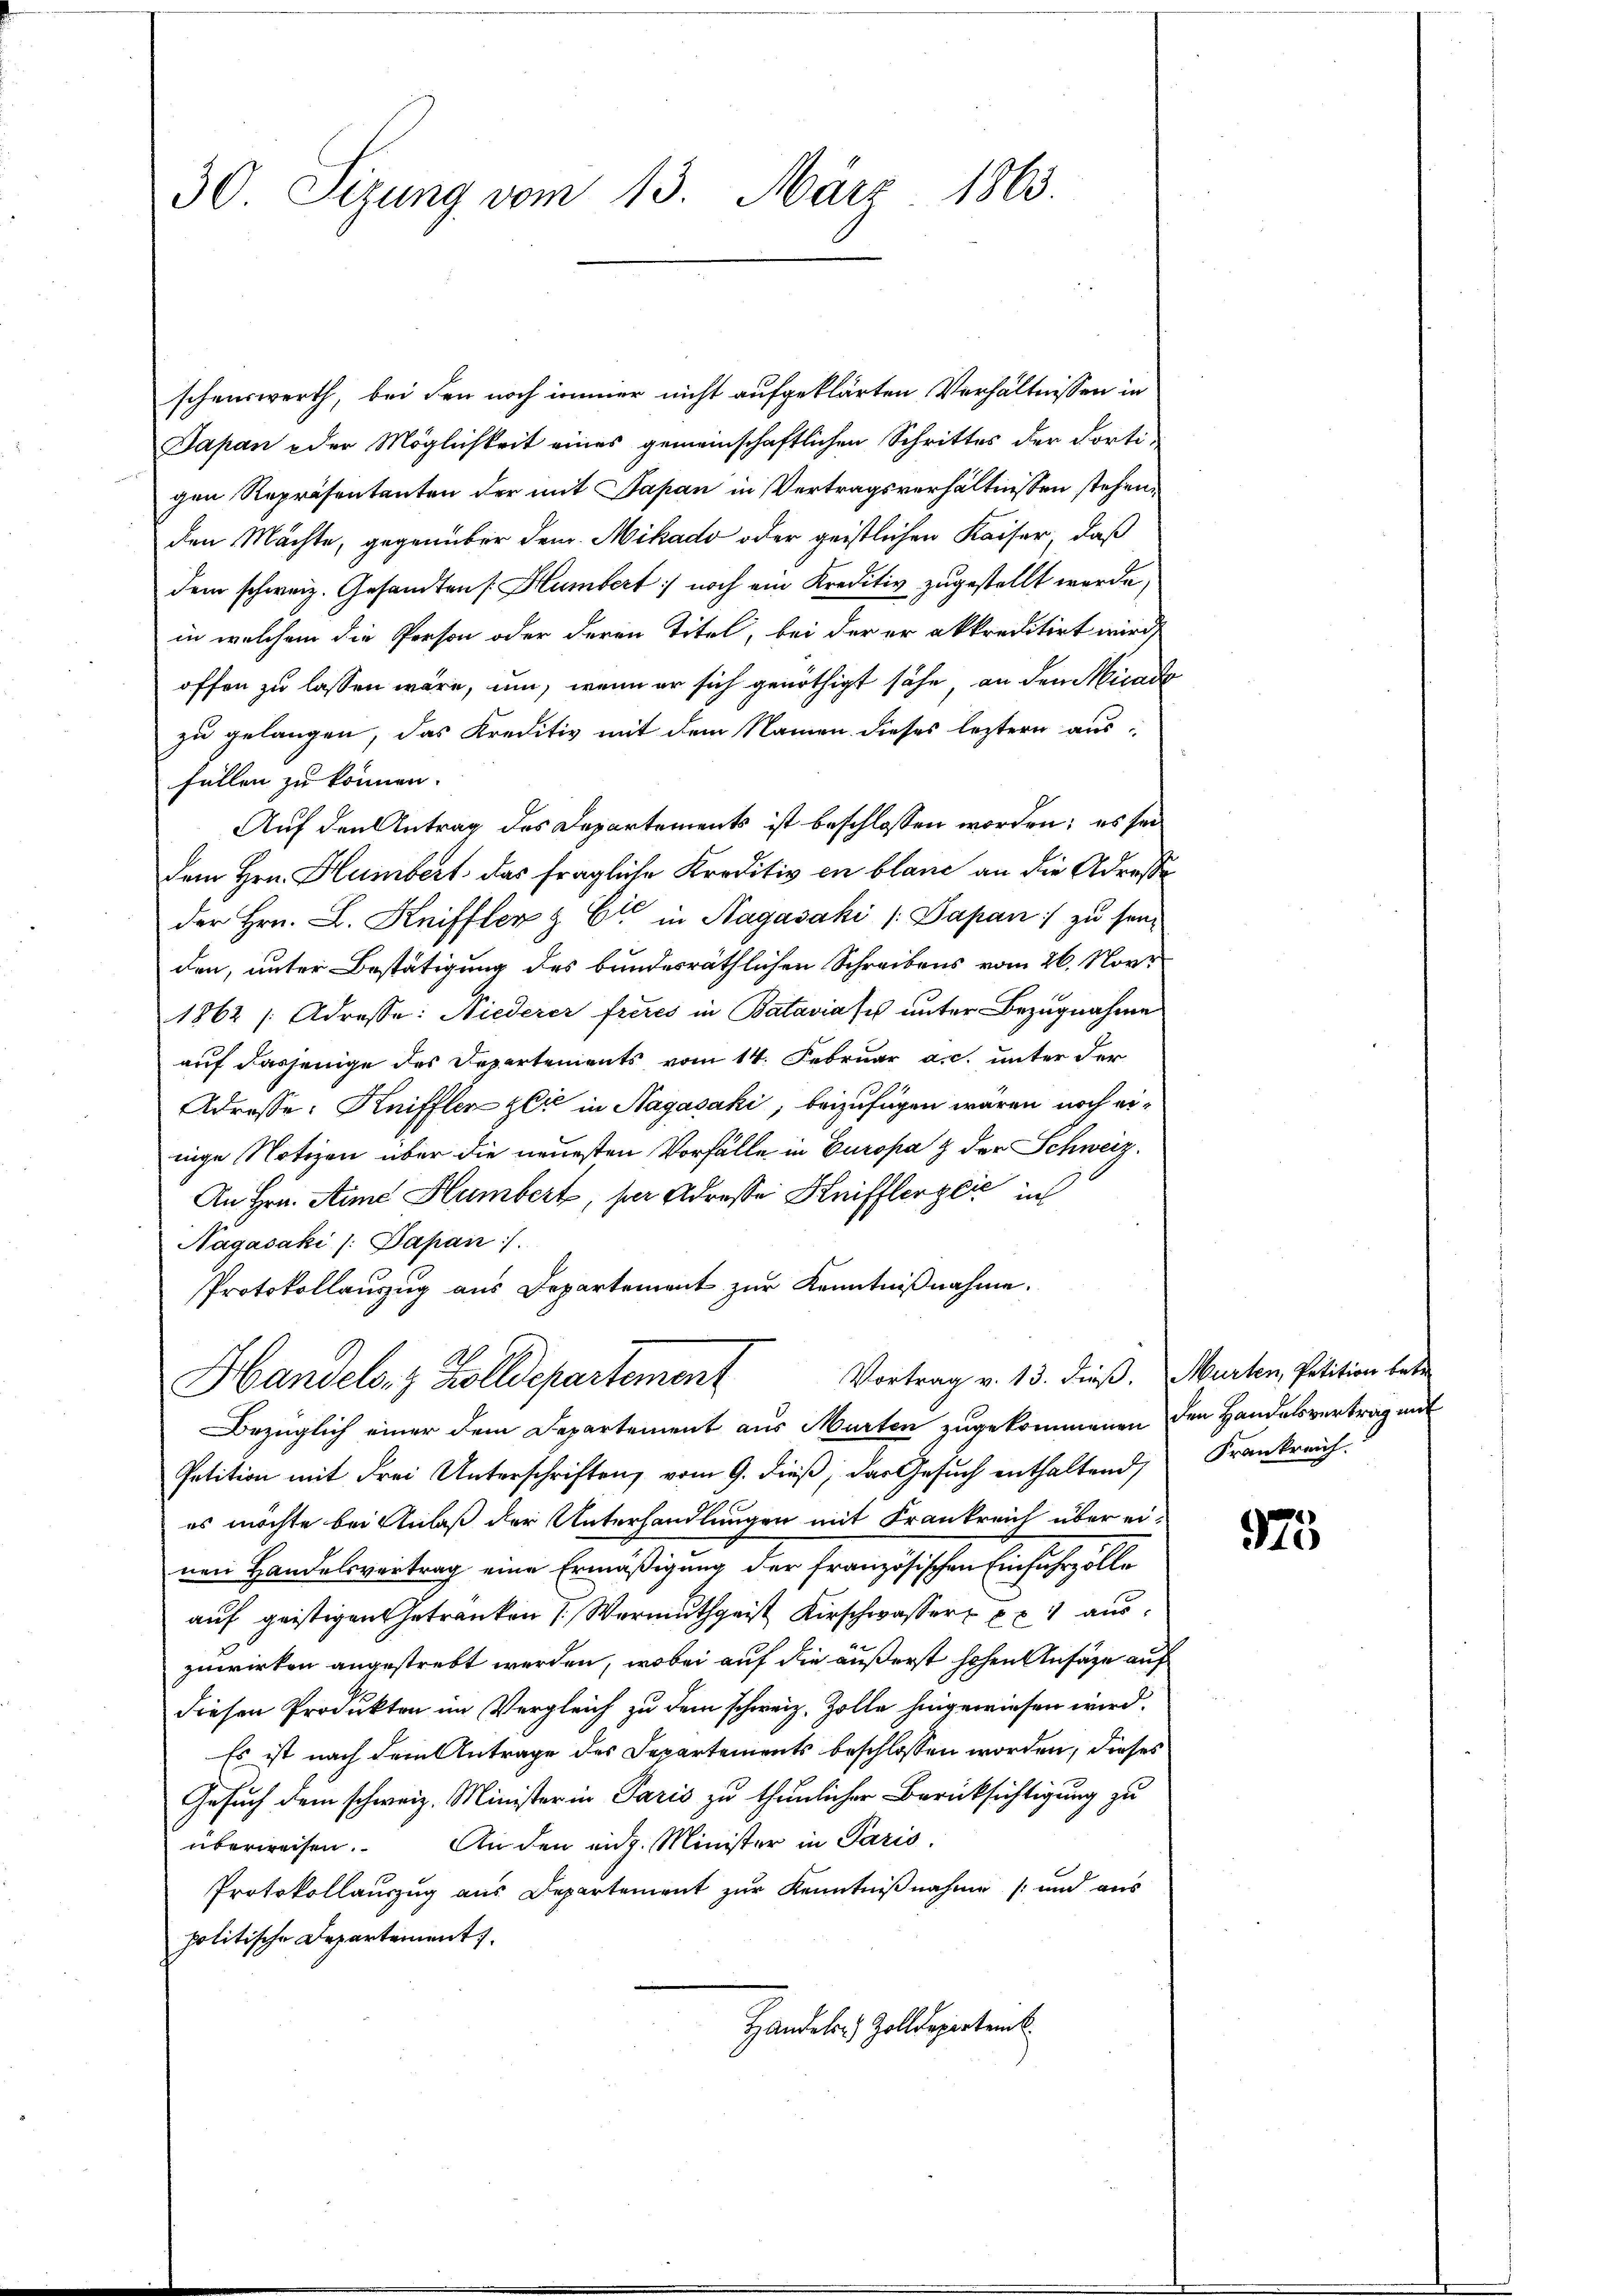
30. Sizung vom 13. März 1863.

schenswerth, bei den noch immer nicht aufgeklärten Verhältnissen in
Japan oder Möglichkeit eines gemeinschaftlichen Schrittes der dorti-
gen Repräsentanten der mit Japan in Vertragsverhältnissen stehen.
den Mächte, gegenüber dem Mikado oder geistlichen Kaiser, daß
dem schweiz. Gesandten [: Humbert noch ein Kreditiv zugestellt werde,
in welchem die Person oder deren Titel, bei der er akkreditirt wird,
offen zu lassen wäre, um, wenn er sich genöthigt sähe, an den Micado
zu gelangen, das Kreditiv mit dem Namen dieses leztern ausfüllen zu können.
Auf den Antrag des Departements ist beschlossen worden; es sei
dem Hrn. Humbert das fragliche Kreditiv en blaue an die Adresse
der Hrn. L. Kniffler & Cie in Hagasaki (Dapan :/ zu sein
den, unter Bestätigung des bundesräthlichen Schreibens vom 26. Nove
1862 [Adresse: Niederer freies in Bataviasch unter Bezugnahme
auf dasjenige des Departements vom 14. Februar a.c. unter der
Adresse: Kniffler gli in Nagasaki; beizufügen wären noch einige Notizen über die neuesten Vorfälle in Europa & der Schweiz.
An Hrn. Anme Humbert, per Adresse Heifflerzer in
Nagasaki /: Papan /.
Protokollauszug aus Departement zur Kenntnißnahme.
Vortrag v. 13. dieß. Murten, Petition betre
Handels- & Zolldepartement
Bezüglich einer dem Departement aus Murten zugekommenen den Handelsvertrag mit
Petition mit drei Unterschriften, vom 9. dieß, das Gesuch enthaltend
es möchte bei Anlaß der Unterhandlungen mit Frankreich über einen Handelsvertrag eine Ermäßigung der Französischen Einfuhrzolle
auf geistigen Getranken (Vermuthgeist Kirschwasser   auszuwirken angestrebt werden, wobei auf die äußerst hohen Ansätze auf
diesen Produkten im Vergleich zu dem schweiz. Zolle hingewiesen wird.
Es ist nach dem Antrage des Departements beschlossen worden, dieses
Gesuch dem schweiz. Minister in Paris zu thunlicher Berücksichtigung zu
überweisen. An den eidg. Minister in Paris.
Protokollauszug aus Departement zur Kenntnißnahme (und aus
politische Departement.
Handeln) Zolldepartenk

Frankreich.

975